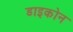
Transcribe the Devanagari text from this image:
डाइकोन